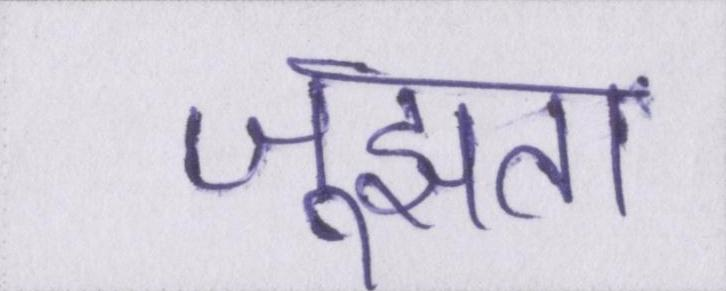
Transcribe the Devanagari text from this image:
जूझता